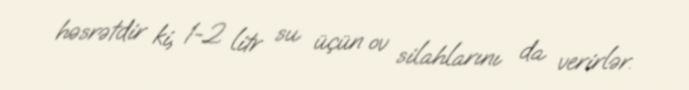
həsrətdir ki, 1-2 litr su üçün ov silahlarını da verirlər.